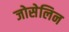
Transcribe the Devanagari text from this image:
जोसेलिन